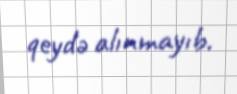
qeydə alınmayıb.